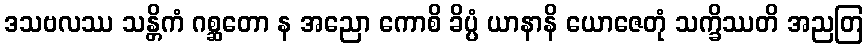
ဒသဗလဿ သန္တိကံ ဂစ္ဆတော န အညော ကောစိ ခိပ္ပံ ယာနာနိ ယောဇေတုံ သက္ခိဿတိ အညတြ